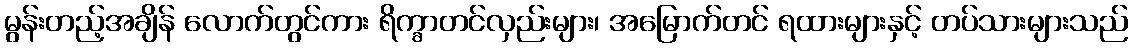
မွန်းတည့်အချိန် လောက်တွင်ကား ရိက္ခာတင်လှည်းများ၊ အမြောက်တင် ရထားများနှင့် တပ်သားများသည်